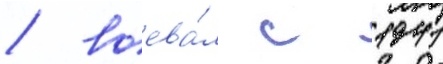
/ воева́л с 1941